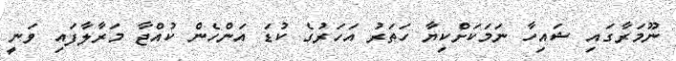
ނޫމަރާގައި ޝައިހާ ނަމަކަށްކިޔާ ހަތަރު އަހަރުގެ ކުޑަ އަންހެން ކުއްޖާ މަރާލާފައި ވަނީ